Vaccine operations Central Provinces 1900-1911 - 1900-1911
Year: 1900
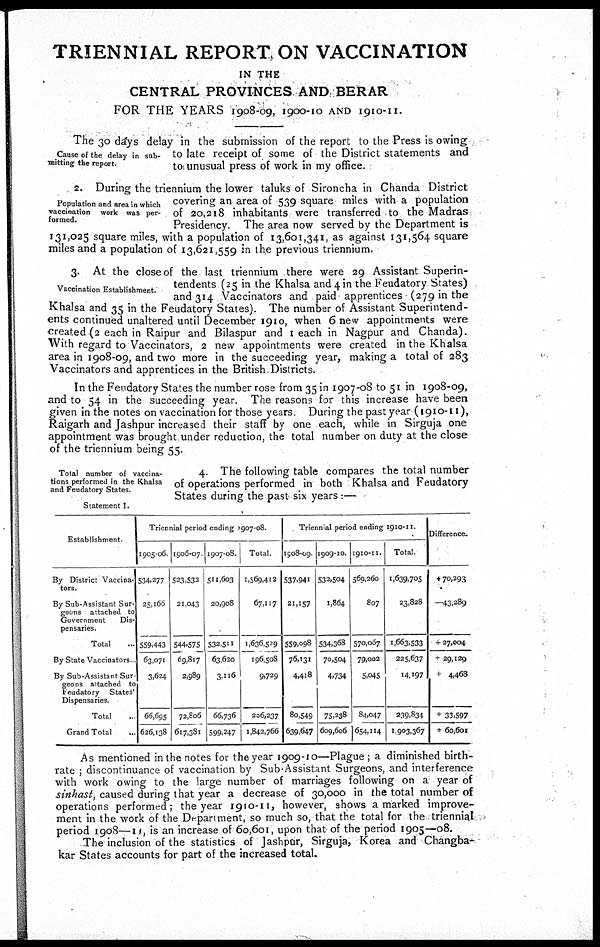
TRIENNIAL REPORT ON VACCINATION
IN THE
CENTRAL PROVINCES AND BERAR
FOR THE YEARS 1908-09, 1900-10 AND 1910-11.
Cause of the delay in sub¬
mitting the report.
The 30 days delay in the submission of the report to the Press is owing
to late receipt of some of the District statements and
to unusual press of work in my office.
Population and area in which
vaccination work was per-
formed.
2. During the triennium the lower taluks of Sironcha in Chanda District
covering an area of 539 square miles with a population
of 20,218 inhabitants were transferred to the Madras
Presidency. The area now served by the Department is
131,025 square miles, with a population of 13,601,341, as against 131,564 square
miles and a population of 13,621,559 in the previous triennium.
Vaccination Establishment.
3. At the close of the last triennium there were 29 Assistant Superin-
tendents (25 in the Khalsa and 4 in the Feudatory States)
and 314 Vaccinators and paid apprentices (279 in the
Khalsa and 35 in the Feudatory States). The number of Assistant Superintend-
ents continued unaltered until December 1910, when 6 new appointments were
created (2 each in Raipur and Bilaspur and 1 each in Nagpur and Chanda).
With regard to Vaccinators, 2 new appointments were created in the Khalsa
area in 1908-09, and two more in the succeeding year, making a total of 283
Vaccinators and apprentices in the British Districts.
In the Feudatory States the number rose from 35 in 1907-08 to 51 in 1908-09,
and to 54 in the succeeding year. The reasons for this increase have been
given in the notes on vaccination for those years During the past year (1910-11),
Raigarh and Jashpur increased their staff by one each, while in Sirguja one
appointment was brought under reduction, the total number on duty at the close
of the triennium being 55.
Total number of vaccina-
tions performed in the Khalsa
and Feudatory States.
Statement I.
4. The following table compares the total number
of operations performed in both Khalsa and Feudatory
States during the past six years:—
Establishment
By District Vaccina-
tors
By Sub-Assistant Sur-
geons attached to
Government
Dis-
pensaries.
Total ...
By State Vaccinators ...
By Sub-Assistant Sur¬
geons attached to
Feudatory States
Dispensaries.
Total ...
Grand Total ...
Triennial period ending 1907-08
1905-06.
534,277
25,166
559,443
63,071
3,624
66,695
626,138
1906-07
523,532
21,043
544,575
69,817
2,989
72,806
617,381
1907-08.
511,603
20,908
532,511
63,620
3,116
66,736
599,247
Total
1,569,412
67,117
1,636,529
196,508
9,729
206,237
1,842,766
Triennial period ending 1910-11.
1908-09.
537,941
21,157
559,098
76,131
4,418
80,549
639,647
1909-10.
532,504
1,864
534,368
70,504
4,734
75,238
609,606
1910-11.
569,260
807
570,067
79,002
5,045
84,047
654.114
Total.
1,639,705
23,828
1,663,533
225,637
14,197
239,834
1,903,367
Difference.
+ 70,293
—43,289
+ 27,004
+ 29,129
+ 4,468
+ 33,597
+ 60,601
As mentioned in the notes for the year 1909-10—Plague ; a diminished birth-
rate ; discontinuance of vaccination by Sub-Assistant Surgeons, and interference
with work owing to the large number of marriages following on a year of
sinhast, caused during that year a decrease of 30,000 in the total number of
operations performed; the year 1910-11, however, shows a marked improve-
ment in the work of the Department, so much so, that the total for the triennial
period 1908—11, is an increase of 60,601, upon that of the period 1905—08.
The inclusion of the statistics of Jashpur, Sirguja, Korea and Changba¬
kar States accounts for part of the increased total.